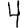
Digit: 4